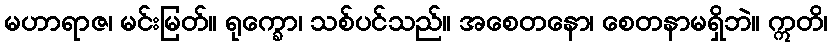
မဟာရာဇ၊ မင်းမြတ်။ ရုက္ခော၊ သစ်ပင်သည်။ အစေတနော၊ စေတနာမရှိဘဲ။ ဣတိ၊